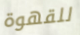
للقهوة